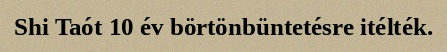
Shi Taót 10 év börtönbüntetésre itélték.